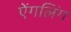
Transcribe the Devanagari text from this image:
ऐंगलिंग